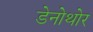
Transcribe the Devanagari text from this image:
डेनोथोर